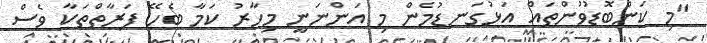
"މި ކަންބޮޑުވުންތައް އަޅުގަނޑުމެން މި އަންނަނީ މިހާރު ކަމާ ބެހޭ ފަރާތްތަކާ ވެސް